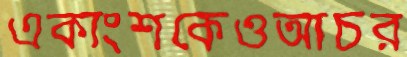
একাংশকেওআচর